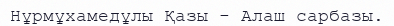
Нұрмұхамедұлы Қазы - Алаш сарбазы.